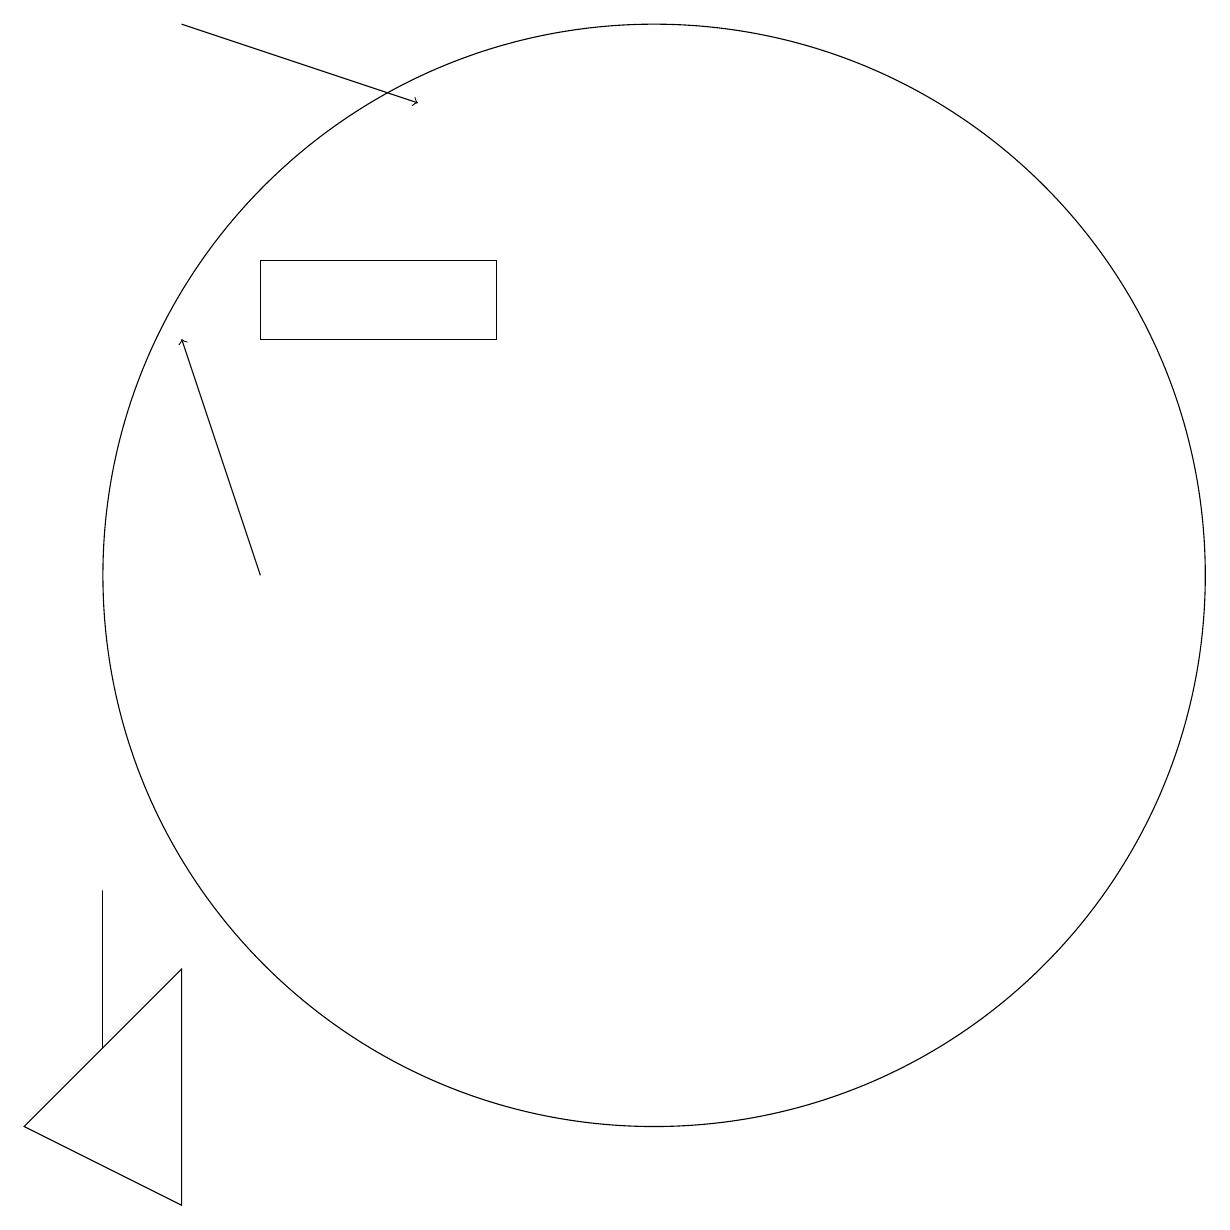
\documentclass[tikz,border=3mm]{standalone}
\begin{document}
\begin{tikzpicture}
\draw[->] (5,17) -- (8,16);
\draw (9,13) rectangle (6,14);
\draw[->] (6,10) -- (5,13);
\draw (11,10) circle (7);
\draw (4,4) -- (4,5) -- (4,6) -- cycle;
\draw (5,2) -- (3,3) -- (5,5) -- cycle;
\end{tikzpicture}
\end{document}